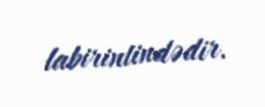
labirintindədir.